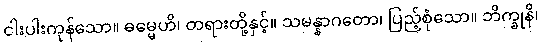
ငါးပါးကုန်သော။ ဓမ္မေဟိ၊ တရားတို့နှင့်။ သမန္နာဂတော၊ ပြည့်စုံသော။ ဘိက္ခုနိ၊